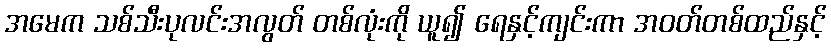
အမေက သစ်သီးပုလင်းအလွတ် တစ်လုံးကို ယူ၍ ရေနှင့်ကျင်းကာ အဝတ်တစ်ထည်နှင့်